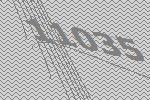
11035